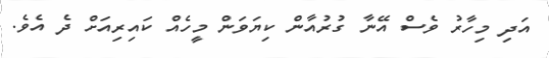
އަދި މިހާރު ވެސް އޭނާ ގުރުއާން ކިޔަވަން މީހެއް ކައިރިއަށް ދެ އެވެ.